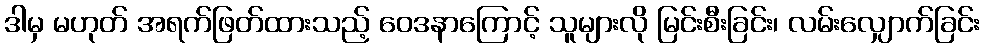
ဒါမှ မဟုတ် အရက်ဖြတ်ထားသည့် ဝေဒနာကြောင့် သူများလို မြင်းစီးခြင်း၊ လမ်းလျှောက်ခြင်း